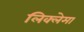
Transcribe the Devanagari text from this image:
लिक्लेमा